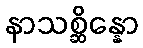
နာသစ္ဆိန္နော